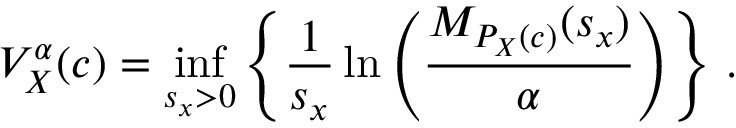
V _ { X } ^ { \alpha } ( c ) = \operatorname* { i n f } _ { s _ { x } > 0 } \left\{ \frac { 1 } { s _ { x } } \ln \left( \frac { M _ { P _ { X } ( c ) } ( s _ { x } ) } { \alpha } \right) \right\} \, .